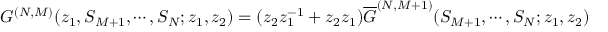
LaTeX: G ^ { ( N , M ) } ( z _ { 1 } , S _ { M + 1 } , \cdots , S _ { N } ; z _ { 1 } , z _ { 2 } ) = ( z _ { 2 } z _ { 1 } ^ { - 1 } + z _ { 2 } z _ { 1 } ) { \overline { { G } } } ^ { ( N , M + 1 ) } ( S _ { M + 1 } , \cdots , S _ { N } ; z _ { 1 } , z _ { 2 } )